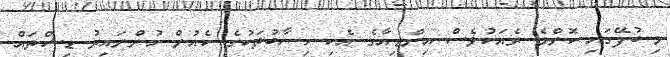
މި ބުފޭގައި ކޮންމެ ރެއަކުވެސް އިންޑިއާގެ އެކި ހިސާބުތަކުގެ ކެއުން ހުންނައިރު ޑިޝްތައް